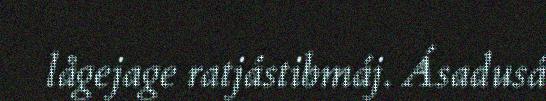
lågejage ratjástibmáj. Ásadusá